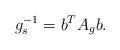
LaTeX: \begin{align*}g_s^{-1}=b^TA_g b.\end{align*}